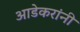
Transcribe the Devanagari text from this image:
आडेकरांनी